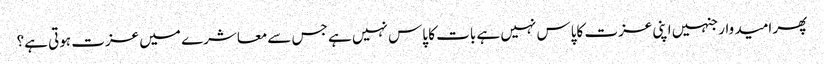
پھر امید وار جنہیں اپنی عزت کاپاس نہیں ہے بات کا پاس نہیں ہے جس سےمعاشرے میں عزت ہوتی ہے؟